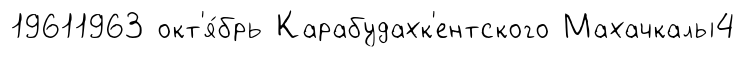
19611963 окт'я́брь Карабудахк'ентского Махачкалы4